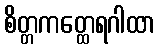
စိတ္တကတ္ထေရဂါထာ